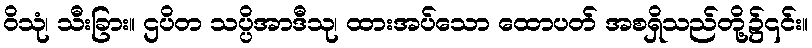
ဝိသုံ၊ သီးခြား။ ဌပိတ သပ္ပိအာဒီသု၊ ထားအပ်သော ထောပတ် အစရှိသည်တို့၌၎င်း။